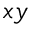
x y